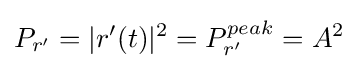
P_{r'}=|r'(t)|^{2}=P_{r'}^{peak}=A^{2}